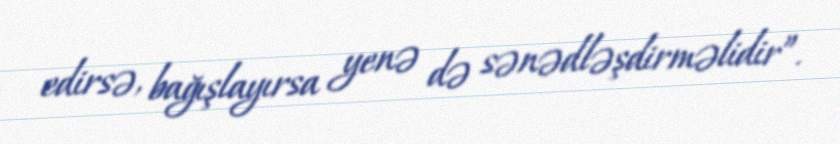
edirsə, bağışlayırsa yenə də sənədləşdirməlidir”.